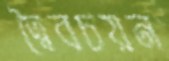
দ্বৈবচয়ন